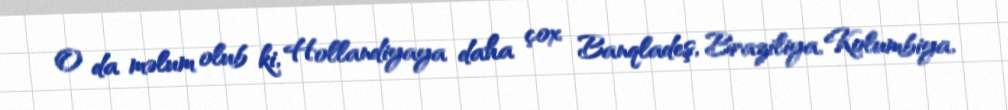
O da məlum olub ki, Hollandiyaya daha çox Banqladeş, Braziliya, Kolumbiya,